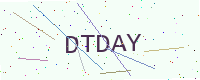
Text: DTDAY